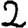
Digit: 2